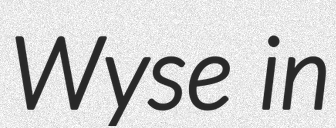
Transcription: Wyse in